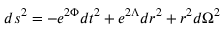
d s ^ { 2 } = - e ^ { 2 \Phi } d t ^ { 2 } + e ^ { 2 \Lambda } d r ^ { 2 } + r ^ { 2 } d \Omega ^ { 2 }